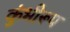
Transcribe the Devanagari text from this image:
कुंभीरूप